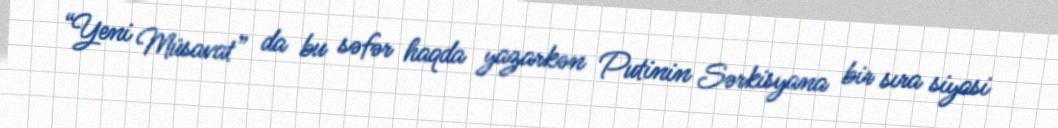
“Yeni Müsavat” da bu səfər haqda yazarkən Putinin Sərkisyana bir sıra siyasi